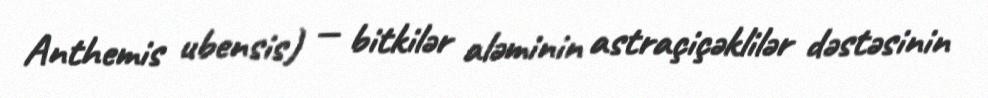
Anthemis ubensis) — bitkilər aləminin astraçiçəklilər dəstəsinin